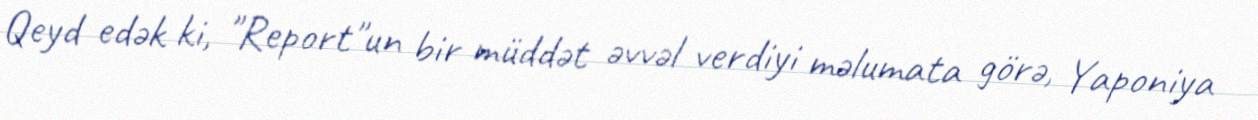
Qeyd edək ki, "Report"un bir müddət əvvəl verdiyi məlumata görə, Yaponiya